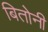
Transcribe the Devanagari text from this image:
बितोनी